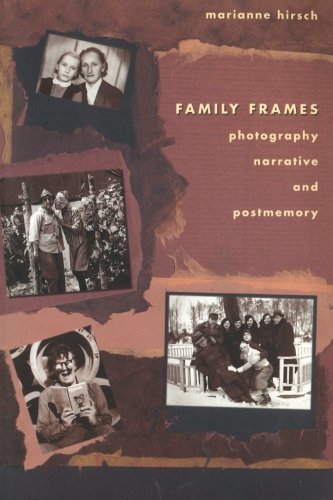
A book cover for Family Frames: Photography, Narrative and Postmemory; Marianne Hirsch; Arts & Photography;